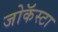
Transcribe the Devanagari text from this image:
जोकॅस्टा